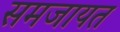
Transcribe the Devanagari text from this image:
समजायत